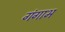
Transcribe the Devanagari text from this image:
गंगाभ